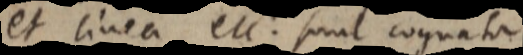
et linea etc. sunt cognata